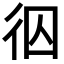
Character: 𭛢